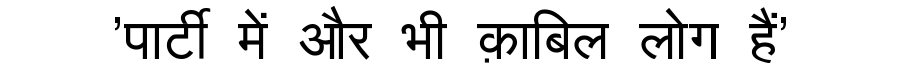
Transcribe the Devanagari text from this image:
'पार्टी में और भी क़ाबिल लोग हैं'